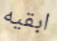
ابقيه